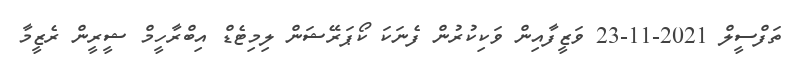
ތަފްސީލް 2021-11-23 ވަޒީފާއިން ވަކިކުރުން ފެނަކަ ކޯޕަރޭޝަން ލިމިޓެޑް އިބްރާހީމް ޝީރީން ރެޒީމާ